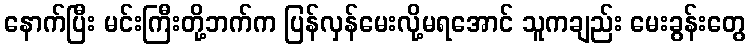
နောက်ပြီး မင်းကြီးတို့ဘက်က ပြန်လှန်မေးလို့မရအောင် သူကချည်း မေးခွန်းတွေ